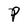
Character: P